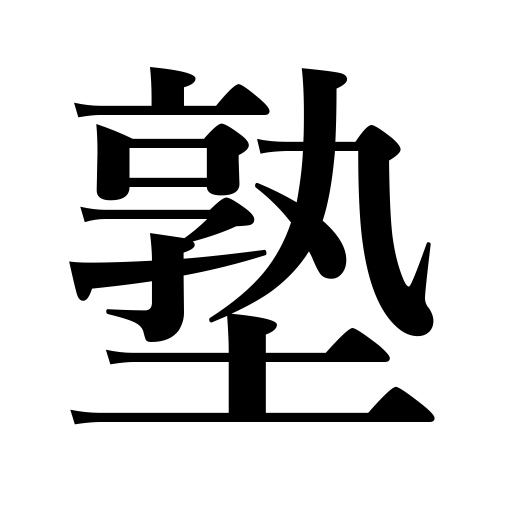
Meanings: boarding school,gate house,private school